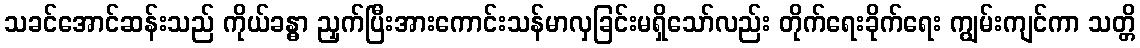
သခင်အောင်ဆန်းသည် ကိုယ်ခန္ဓာ ညှက်ပြီးအားကောင်းသန်မာလှခြင်းမရှိသော်လည်း တိုက်ရေးခိုက်ရေး ကျွမ်းကျင်ကာ သတ္တိ